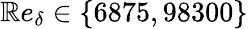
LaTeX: \mathbb{R}e_{\delta}\in\{ 6875,98300\}